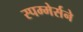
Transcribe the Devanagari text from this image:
स्पम्मेर्सने